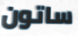
ساتون